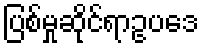
ပြစ်မှုဆိုင်ရာဥပဒေ